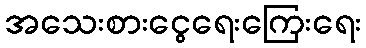
အသေးစားငွေရေးကြေးရေး